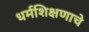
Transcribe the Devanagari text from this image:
धर्मशिक्षणाचे